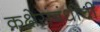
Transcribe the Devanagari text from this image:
कक्षेसंबंधीची